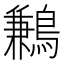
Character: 鶼